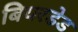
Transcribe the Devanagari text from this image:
बियरडेड